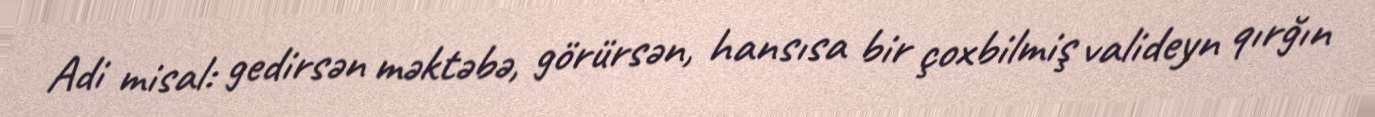
Adi misal: gedirsən məktəbə, görürsən, hansısa bir çoxbilmiş valideyn qırğın